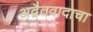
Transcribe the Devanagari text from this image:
अद्वैतवादाचा